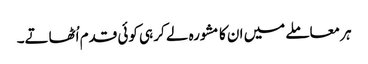
ہر معاملے میں ان کا مشورہ لے کر ہی کوئی قدم اُٹھاتے۔